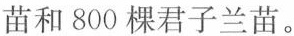
苗和800棵君子兰苗。